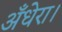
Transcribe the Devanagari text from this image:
अँधेरा।